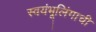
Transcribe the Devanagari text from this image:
स्वयंभूलिंगाची